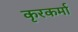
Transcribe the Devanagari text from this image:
कृरकर्मा